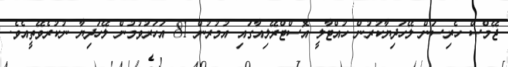
ޖޭމްސް ހެރިސަން ލޭހަދިޔާކުރުން ހުއްޓާލީ އޮސްޓްރޭލިއާގައި އުމުރުން 81 އަހަރުވުމުން ލޭހަދިޔާ ނުކުރެވޭތީއެވެ.